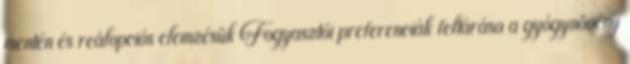
mentén és reálopciós elemzésük Fogyasztói preferenciák feltárása a gyógynövény